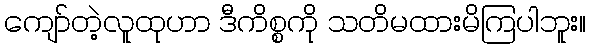
ကျော်တဲ့လူထုဟာ ဒီကိစ္စကို သတိမထားမိကြပါဘူး။